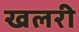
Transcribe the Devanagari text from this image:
खलरी